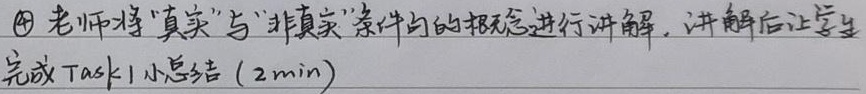
\textcircled{4} 老师将“真实”与“非真实”条件句的概念进行讲解，讲解后让学生完成Task1小总结 (2min)